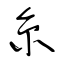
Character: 糸